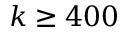
k \geq 4 0 0